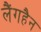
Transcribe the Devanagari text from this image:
लैंगहैन